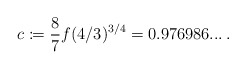
\begin{align*}c \coloneqq \frac{8}{7} f(4/3)^{3/4} = 0.976986... \,.\end{align*}